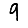
Digit: 9